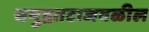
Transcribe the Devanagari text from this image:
समुद्रतटाजवळील